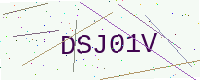
Text: DSJ01V